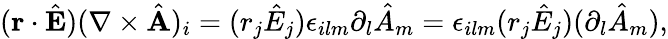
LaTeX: \begin{array}{r}{({\mathbf r}\cdot\hat{\mathbf E})(\nabla\times\hat{\mathbf A})_{i}=(r_{j}\hat{E}_{j})\epsilon_{ilm}\partial_{l}\hat{A}_{m}=\epsilon_{ilm}(r_{j}\hat{E}_{j})(\partial_{l}\hat{A}_{m}),}\end{array}